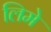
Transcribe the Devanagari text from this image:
लिमे